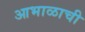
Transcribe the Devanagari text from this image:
आभाळाची